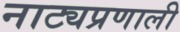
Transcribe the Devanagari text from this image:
नाट्यप्रणाली